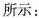
所示：